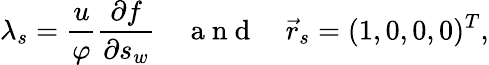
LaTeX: \lambda_{s}=\frac{u}{\varphi}\frac{\partial f}{\partial s_{w}}\quad\mathrm{~a~n~d~}\quad\vec{r}_{s}=(1,0,0,0)^{T},